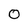
Character: 0